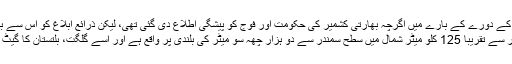
وزیر اعظم کے دورے کے بارے میں اگرچہ بھارتی کشمیر کی حکومت اور فوج کو پیشگی اطلاع دی گئی تھی، لیکن ذرائع ابلاغ کو اس سے بے خبر رکھا گیا تھا–
گریز کا علاقہ سرینگر سے تقریباً 125 کلو میٹر شمال میں سطح سمندر سے دو ہزار چھہ سو میٹر کی بلندی پر واقع ہے اور اسے گلگت، بلتستان کا گیٹ وے بھی کہا جاتا ہے۔